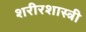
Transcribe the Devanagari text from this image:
शरीरशास्त्री